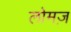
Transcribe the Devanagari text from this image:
लोमज़